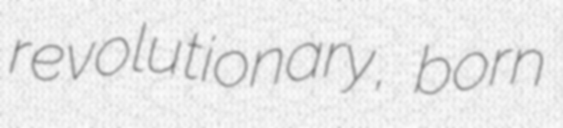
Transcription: revolutionary, born